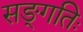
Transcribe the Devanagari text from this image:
सङ्गतिः